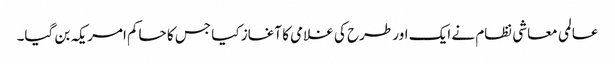
عالمی معاشی نظام نے ایک اور طرح کی غلامی کا آغاز کیا جس کا حاکم امریکہ بن گیا۔